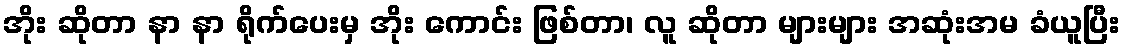
အိုး ဆိုတာ နာ နာ ရိုက်ပေးမှ အိုး ကောင်း ဖြစ်တာ၊ လူ ဆိုတာ များများ အဆုံးအမ ခံယူပြီး